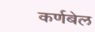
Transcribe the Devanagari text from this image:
कर्णबेल